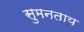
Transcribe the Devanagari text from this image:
सुमनताय